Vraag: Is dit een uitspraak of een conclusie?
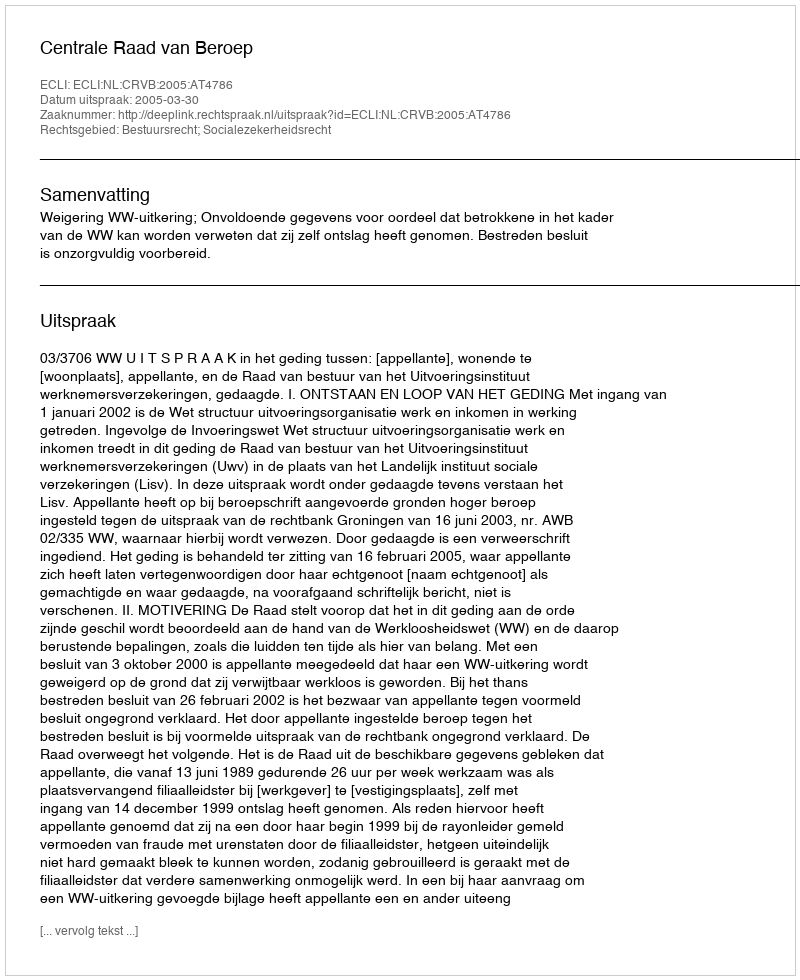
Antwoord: Uitspraak